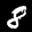
Label: 8